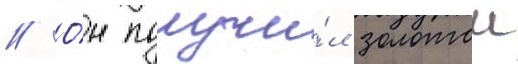
// О́н получи́л золотои